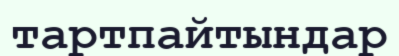
тартпайтындар